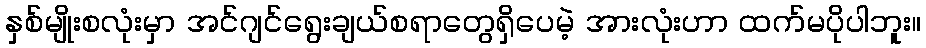
နှစ်မျိုးစလုံးမှာ အင်ဂျင်ရွေးချယ်စရာတွေရှိပေမဲ့ အားလုံးဟာ ထက်မပိုပါဘူး။